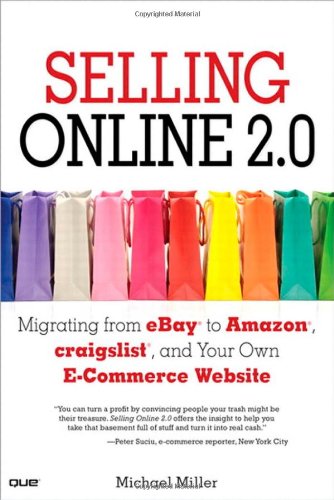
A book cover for Selling Online 2.0: Migrating from eBay to Amazon, craigslist, and Your Own E-Commerce Website; Michael Miller; Computers & Technology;